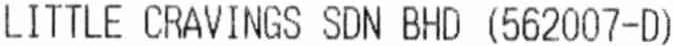
LITTLE CRAVINGS SDN BHD (562007-D)